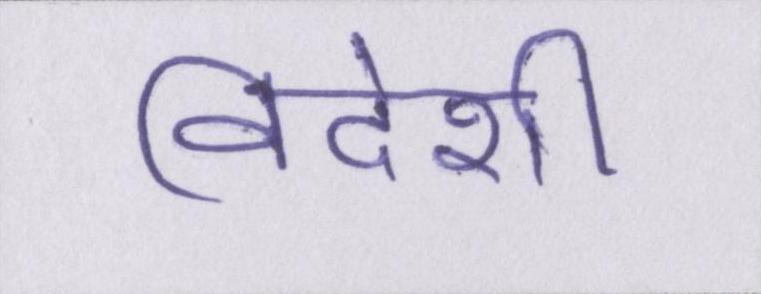
विदेशी